Indian journal of veterinary science and animal husbandry - Volume 3,
Year: 1933
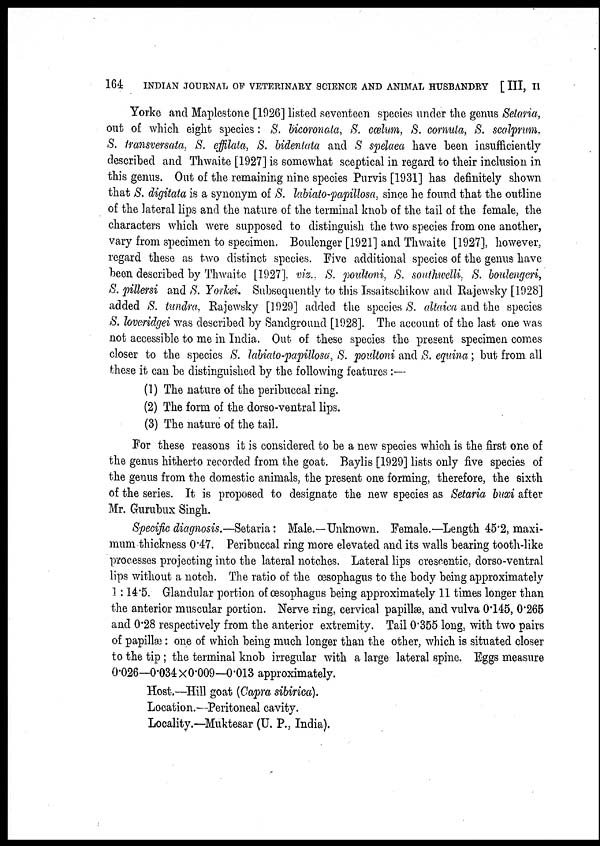
164
INDIAN JOURNAL OF VETERINARY SCIENCE AND ANIMAL HUSBANDRY [ III, II
Yorke and Maplestone [1926] listed seventeen species under the genus Setaria,
out of which eight species : S. bicoronata, S. cælum, S. cornula, S. scalprum,
S. transversata, S. effilata, S. bidentata and S spelaea have been insufficiently
described and Thwaite [1927] is somewhat sceptical in regard to their inclusion in
this genus. Out of the remaining nine species Purvis [1931] has definitely shown
that S. digitata is a synonym of S. labiato-papillosa, since he found that the outline
of the lateral lips and the nature of the terminal knob of the tail of the female, the
characters which were supposed to distinguish the two species from one another,
vary from specimen to specimen. Boulenger [1921] and Thwaite [1927], however,
regard these as two distinct species. Five additional species of the genus have
been described by Thwaite [1927], viz., S. poultoni, S. southwelli. S. boulengeri,
S. pillersi and S. Yorkei. Subsequently to this Issaitschikow and Rajewsky [1928]
added S. tundra, Rajewsky [1929] added the species S. altaica and the species
S. loveridgei was described by Sandground [1928]. The account of the last one was
not accessible to me in India. Out of these species the present specimen comes
closer to the species S. labiato-papillosa, S. poultoni and S. equina; but from all
these it can be distinguished by the following features :—
(1) The nature of the peribuccal ring.
(2) The form of the dorso-ventral lips.
(3) The nature of the tail.
For these reasons it is considered to be a new species which is the first one of
the genus hitherto recorded from the goat. Baylis [1929] lists only five species of
the genus from the domestic animals, the present one forming, therefore, the sixth
of the series. It is proposed to designate the new species as Setaria buxi after
Mr. Gurubux Singh.
Specific diagnosis.—Setaria: Male.—Unknown. Female.—Length 45.2, maxi-
mum thickness 0.47. Peribuccal ring more elevated and its walls bearing tooth-like
processes projecting into the lateral notches. Lateral lips crescentic, dorso-ventral
lips without a notch. The ratio of the œsophagus to the body being approximately
1:14.5. Glandular portion of œsophagus being approximately 11 times longer than
the anterior muscular portion. Nerve ring, cervical papillae, and vulva 0.145, 0.265
and 0.28 respectively from the anterior extremity. Tail 0.355 long, with two pairs
of papillæ : one of which being much longer than the other, which is situated closer
to the tip ; the terminal knob irregular with a large lateral spine. Eggs measure
0.026—0.034 ×0.009—0.013 approximately.
Host.—Hill goat (Capra sibirica).
Location.—Peritoneal cavity.
Locality.—Muktesar (U. P., India).